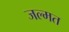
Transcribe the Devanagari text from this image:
जल्मत